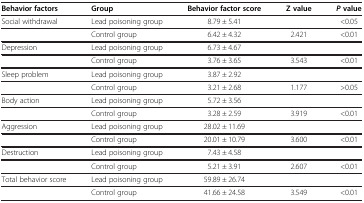
| Behavior factors | Group | Behavior factor score | Z value | Pvalue |
 | --- | --- | --- | --- | --- |
 | Social withdrawal | Lead poisoning group | 8.79 ± 5.41 |  | <0.05 |
 |  | Control group | 6.42 ± 4.32 | 2.421 | <0.01 |
 | Depression | Lead poisoning group | 6.73 ± 4.67 |  |  |
 |  | Control group | 3.76 ± 3.65 | 3.543 | <0.01 |
 | Sleep problem | Lead poisoning group | 3.87 ± 2.92 |  |  |
 |  | Control group | 3.21 ± 2.68 | 1.177 | >0.05 |
 | Body action | Lead poisoning group | 5.72 ± 3.56 |  |  |
 |  | Control group | 3.28 ± 2.59 | 3.919 | <0.01 |
 | Aggression | Lead poisoning group | 28.02 ± 11.69 |  |  |
 |  | Control group | 20.01 ± 10.79 | 3.600 | <0.01 |
 | Destruction | Lead poisoning group | 7.43 ± 4.58 |  |  |
 |  | Control group | 5.21 ± 3.91 | 2.607 | <0.01 |
 | Total behavior score | Lead poisoning group | 59.89 ± 26.74 |  |  |
 |  | Control group | 41.66 ± 24.58 | 3.549 | <0.01 |